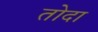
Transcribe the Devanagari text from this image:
तोदा